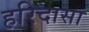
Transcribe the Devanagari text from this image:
हरिदासा